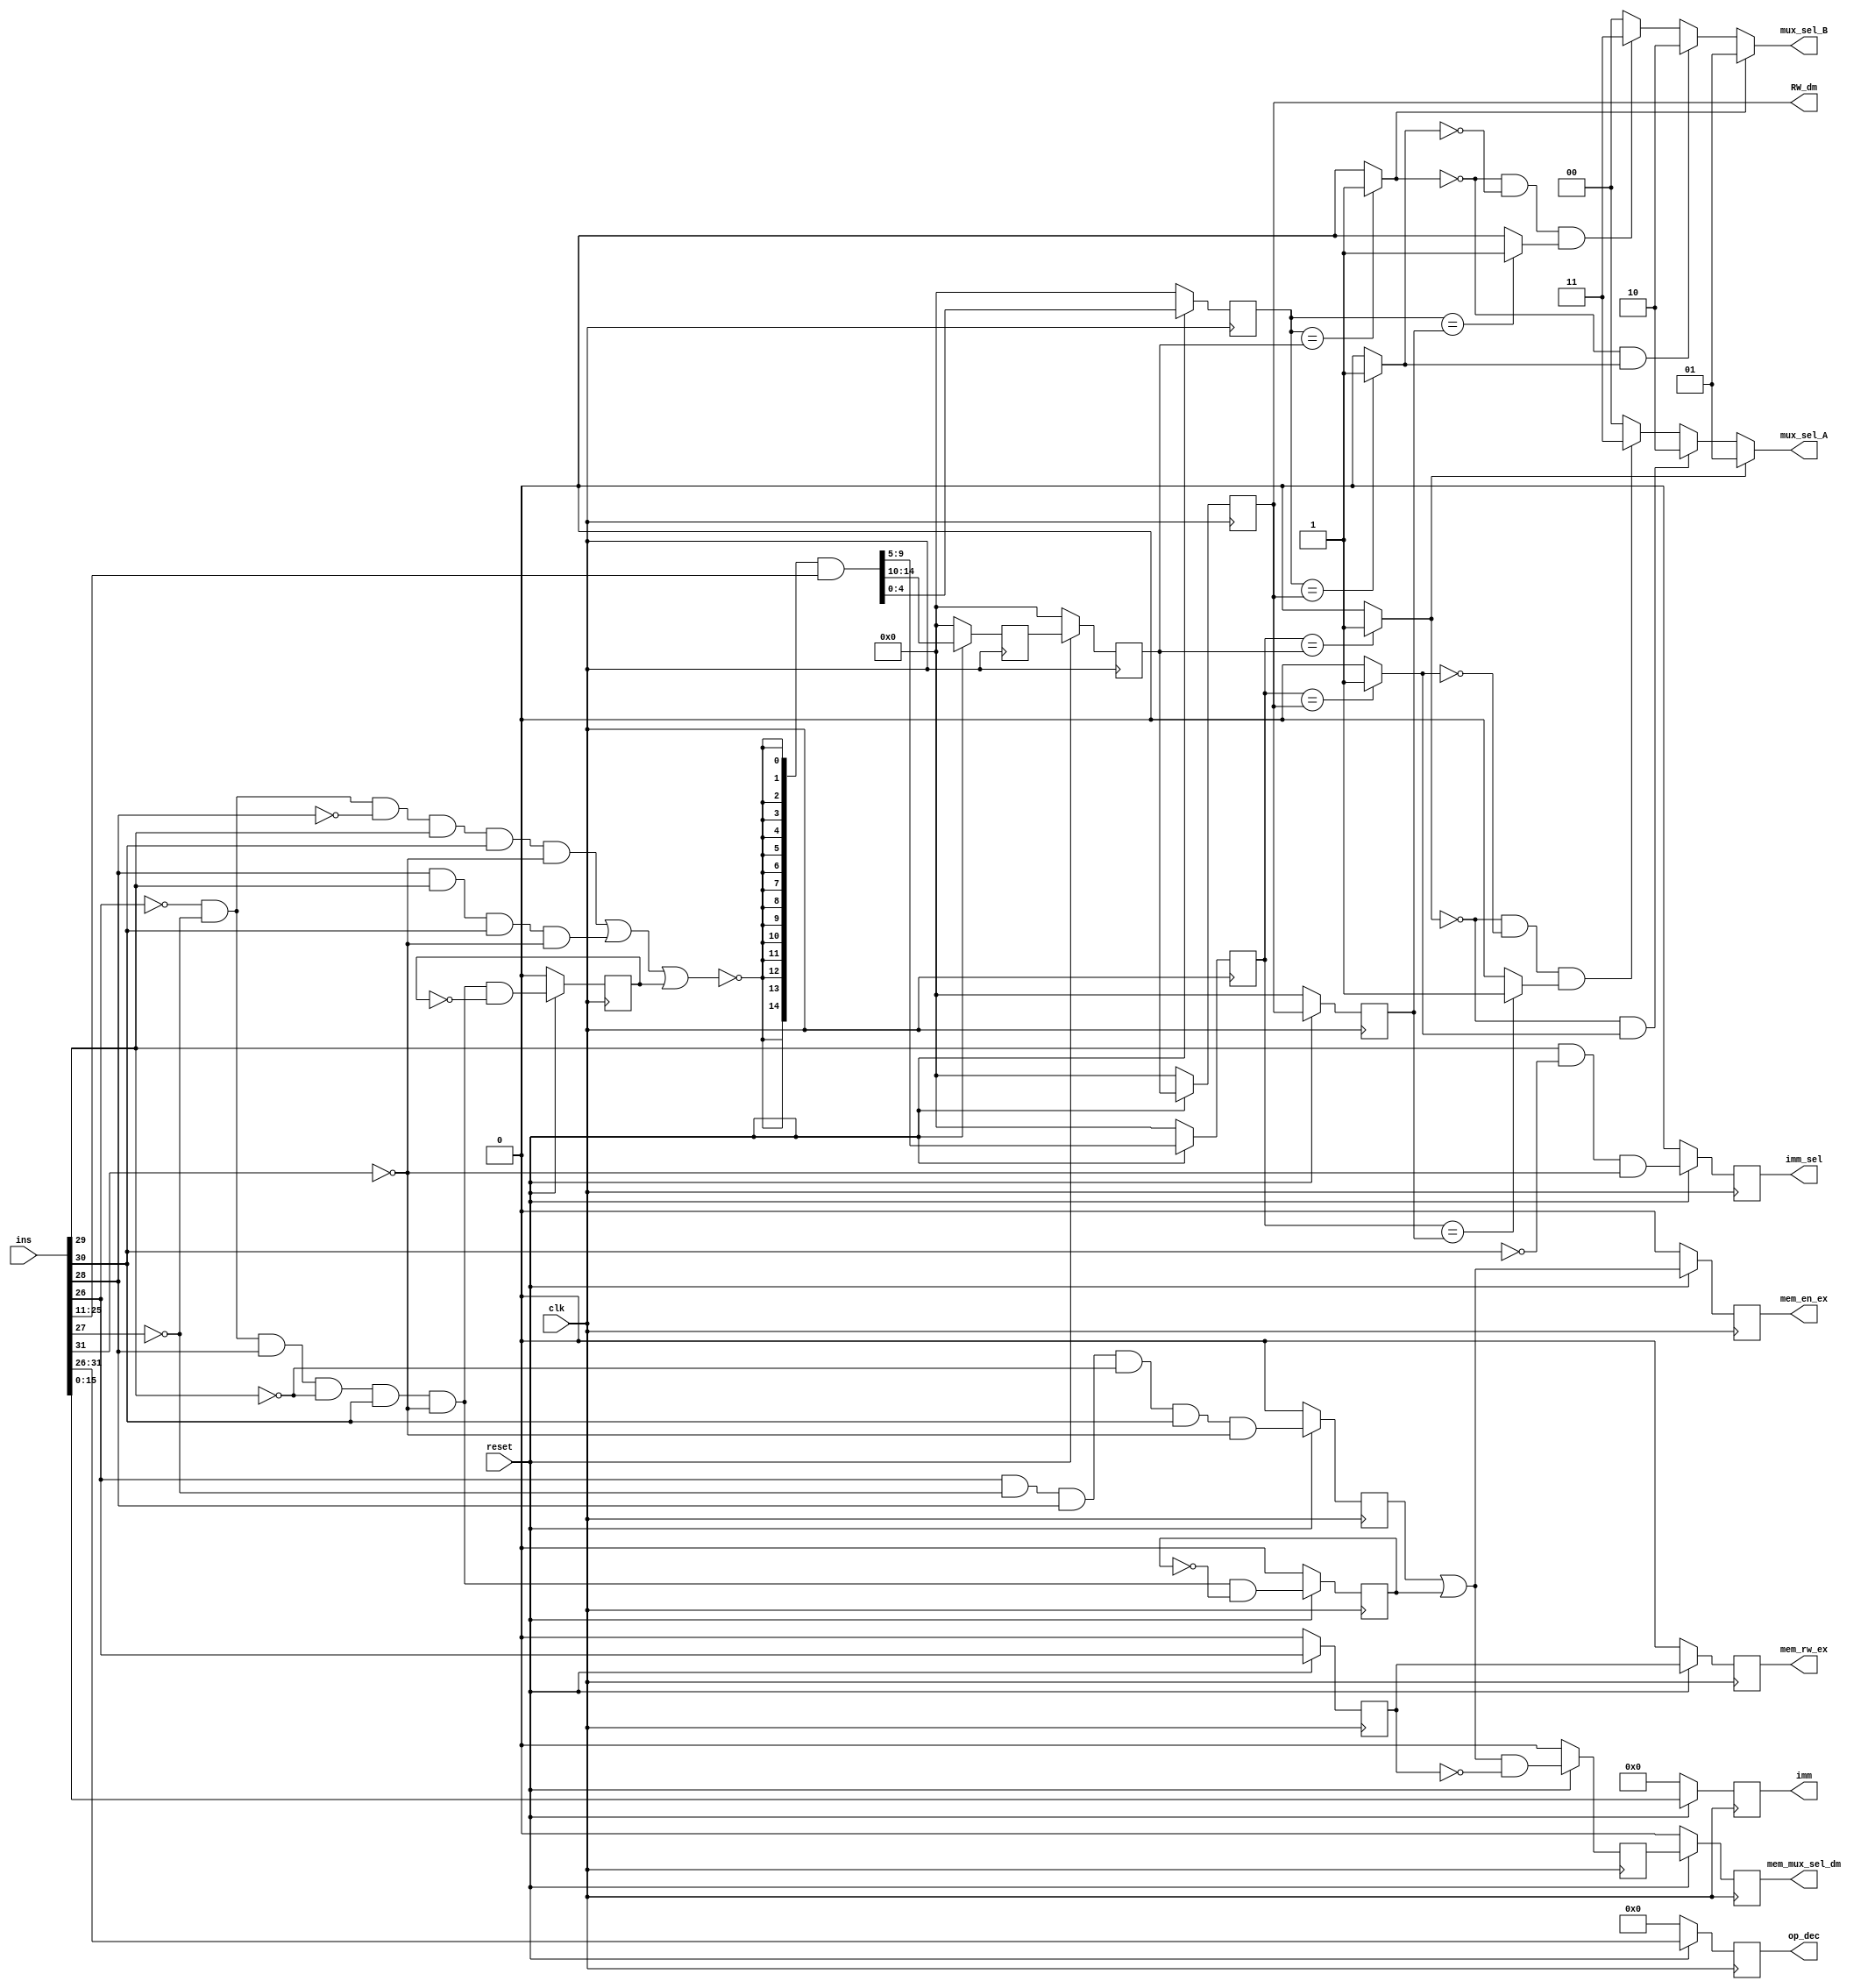
module dependency_Module(imm,op_dec,RW_dm,mux_sel_A,mux_sel_B,imm_sel,mem_en_ex,mem_rw_ex,mem_mux_sel_dm,ins,clk,reset);
input [31:0] ins;
input clk,reset;
output reg [15:0] imm;
output reg [5:0] op_dec;
output [4:0] RW_dm;
output [1:0] mux_sel_A,mux_sel_B;
output reg imm_sel,mem_en_ex,mem_rw_ex,mem_mux_sel_dm;

wire JMP,Cond_J,LD_fb,Imm,ld,ST;
wire Load_fb_flip_tmp;
wire Load_and,Load_flip_tmp;
wire ST_flip_tmp;
wire ins_flip_tmp;
wire imm_sel_tmp;
wire ld_ST_or,imm_and;
wire mem_rw_ex_tmp,mem_mux_sel_dm_tmp,mem_mux_sel_dm_prv_tmp,mem_en_ex_tmp;
wire [14:0] nor_extend, extend_and;
wire [5:0] op_dec_tmp;
wire [15:0] imm_tmp;
//wire [4:0] delay1_tmp, delay2_tmp, delay3_tmp, prv1_tmp, prv2_tmp, prv3_tmp;
wire cmp_a1, cmp_a2, cmp_a3, cmp_b1, cmp_b2, cmp_b3;
wire and_a1, and_a2, and_b1, and_b2;

reg [4:0] delay1, delay2, delay3, prv1, prv2, prv3;
reg Load_fb_flip, Load_flip, ST_flip, ins_flip, mem_mux_sel_dm_prv;

assign JMP=(~ins[26] & ~ins[27] & ~ins[28]& ins[29] & ins[30] & ~ins[31] );
assign Cond_J=(ins[28]& ins[29] & ins[30] & ~ins[31] );
assign LD_fb=(~ins[26] & ~ins[27] & ins[28]& ~ins[29] & ins[30] & ~ins[31] & ~Load_fb_flip);
assign Imm=( ins[29] & ~ins[30] & ~ins[31] );
assign ld=(~ins[26] & ~ins[27] & ins[28]& ~ins[29] & ins[30] & ~ins[31] );
assign ST=(ins[26] & ~ins[27] & ins[28]& ~ins[29] & ins[30] & ~ins[31] );

assign Load_fb_flip_tmp = (reset) ? LD_fb: 1'b0;
assign Load_and=(ld & ~Load_flip);
assign Load_flip_tmp= (reset) ? Load_and: 1'b0;
assign ST_flip_tmp=(reset)? ST:1'b0;
assign ins_flip_tmp=(reset)?ins[26]:1'b0;
assign imm_sel_tmp=(reset) ? Imm:1'b0;
assign ld_ST_or=(ST_flip | Load_flip);
assign imm_and=(ld_ST_or & ~ins_flip);
assign mem_rw_ex_tmp=(reset)?ins_flip:1'b0;
assign mem_mux_sel_dm_prv_tmp=(reset)?imm_and:1'b0;
assign mem_mux_sel_dm_tmp=(reset)?mem_mux_sel_dm_prv:1'b0;
assign mem_en_ex_tmp=(reset)?ld_ST_or:1'b0;

assign nor_extend = {15{~(JMP | Cond_J | Load_fb_flip)}};
assign extend_and = nor_extend & ins[25:11];
assign op_dec_tmp = (reset) ? ins[31:26] : 6'b0;

assign cmp_a1 = (delay1 == prv1) ? 1'b1 : 1'b0;
assign cmp_a2 = (delay1 == prv2) ? 1'b1 : 1'b0;
assign cmp_a3 = (delay1 == prv3) ? 1'b1 : 1'b0;

assign cmp_b1 = (delay3 == prv1) ? 1'b1 : 1'b0;
assign cmp_b2 = (delay3 == prv2) ? 1'b1 : 1'b0;
assign cmp_b3 = (delay3 == prv3) ? 1'b1 : 1'b0;

assign and_a1 = ~(cmp_a1) & cmp_a2;
assign and_a2 = ~(cmp_a1) & ~(cmp_a2) & cmp_a3;

assign and_b1 = ~(cmp_b1) & cmp_b2;
assign and_b2 = ~(cmp_b1) & ~(cmp_b2) & cmp_b3;

assign mux_sel_A = (cmp_a1) ? 2'b01 : 
						 ((and_a1) ? 2'b10 :
						 ((and_a2) ? 2'b11 : 2'b00));
assign mux_sel_B = (cmp_b1) ? 2'b01 : 
						 ((and_b1) ? 2'b10 :
						 ((and_b2) ? 2'b11 : 2'b00));

assign RW_dm = prv2;
always @ (posedge clk)
begin
Load_fb_flip<=Load_fb_flip_tmp;
Load_flip<=Load_flip_tmp;
ST_flip<=ST_flip_tmp;
ins_flip<=ins_flip_tmp;
imm_sel<=imm_sel_tmp;
mem_rw_ex<=mem_rw_ex_tmp;
mem_mux_sel_dm_prv<=mem_mux_sel_dm_prv_tmp;
mem_mux_sel_dm<=mem_mux_sel_dm_tmp;
mem_en_ex<=mem_en_ex_tmp;
op_dec <= op_dec_tmp;
imm <= (reset) ? ins[15:0] : 16'b0;
delay1 <= (reset) ? extend_and[9:5] : 5'b0;
delay2 <= (reset) ? extend_and[14:10] : 5'b0;
delay3 <= (reset) ? extend_and[4:0] : 5'b0;
prv1 <= (reset) ? delay2 : 5'b0;
prv2 <= (reset) ? prv1 : 5'b0;
prv3 <= (reset) ? prv2 : 5'b0;
 
end

    


endmodule